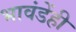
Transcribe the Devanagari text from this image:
भावंडेंही